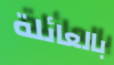
بالعائلة